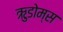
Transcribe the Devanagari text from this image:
ऋुडोम्स